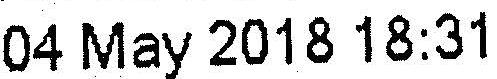
04 MAY 2018 18:31